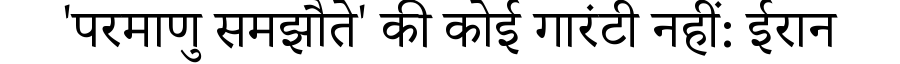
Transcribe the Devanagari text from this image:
'परमाणु समझौते' की कोई गारंटी नहीं: ईरान